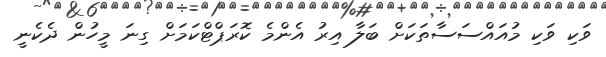
ވަކި ވަކި މުއައްސަސާތަކަށް ބަލާ އިރު އެންމެ ކޮރަޕްޓްކަމަށް ގިނަ މީހުން ދެކެނީ